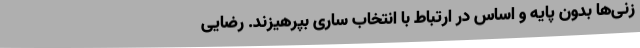
‌زنی‌ها بدون پایه و اساس در ارتباط با انتخاب ساری بپرهیزند. رضایی